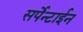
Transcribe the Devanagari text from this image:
सर्पेन्टाईन